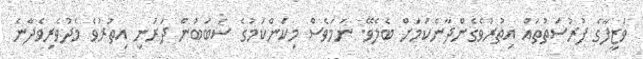
ވަޒީފާގެ ފުރުސަތުތައް އިތުރުވެގެންދާނެކަމަށް ބެލެވޭ. ނަމަވެސް މިކަންކަމުގެ ސަބަބުން ދަރަނި އިތުރުވެ މެދުވެރިވެދާނެ